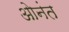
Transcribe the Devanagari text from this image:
ओनंत